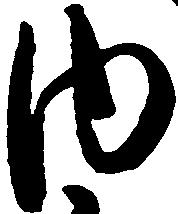
内